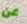
عن